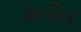
શતીન